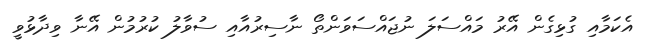
އެކަމާއި ގުޅިގެން އޭރު މައްސަލަ ނުޖައްސަވަންތޯ ނާސިރުއާއި ސުވާލު ކުރުމުން އޭނާ ވިދާޅުވީ